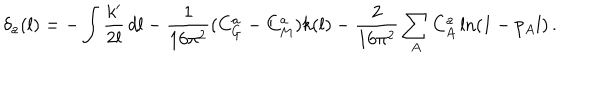
LaTeX: \delta _ { a } ( l ) = - \int \frac { k ^ { \prime } } { 2 l } \, d l - \frac { 1 } { 1 6 \pi ^ { 2 } } ( C _ { G } ^ { a } - C _ { M } ^ { a } ) k ( l ) - \frac { 2 } { 1 6 \pi ^ { 2 } } \sum _ { A } C _ { A } ^ { a } \ln ( 1 - p _ { A } l ) \, .